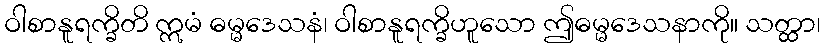
ဝါစာနူရက္ခိတိ ဣမံ ဓမ္မဒေသနံ၊ ဝါစာနူရက္ခိဟူသော ဤဓမ္မဒေသနာကို။ သတ္ထာ၊